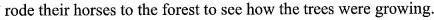
rode their horses to the forest to see how the trees were growing.